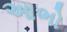
આભો